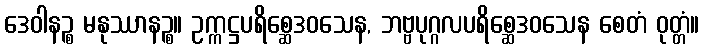
ဒေဝါနဉ္စ မနုဿာနဉ္စ။ ဥက္ကဋ္ဌပရိစ္ဆေဒဝသေန, ဘဗ္ဗပုဂ္ဂလပရိစ္ဆေဒဝသေန စေတံ ဝုတ္တံ။